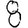
Digit: 8